Sketch of the medical history of the native army of Bombay, for the year
Year: 1875
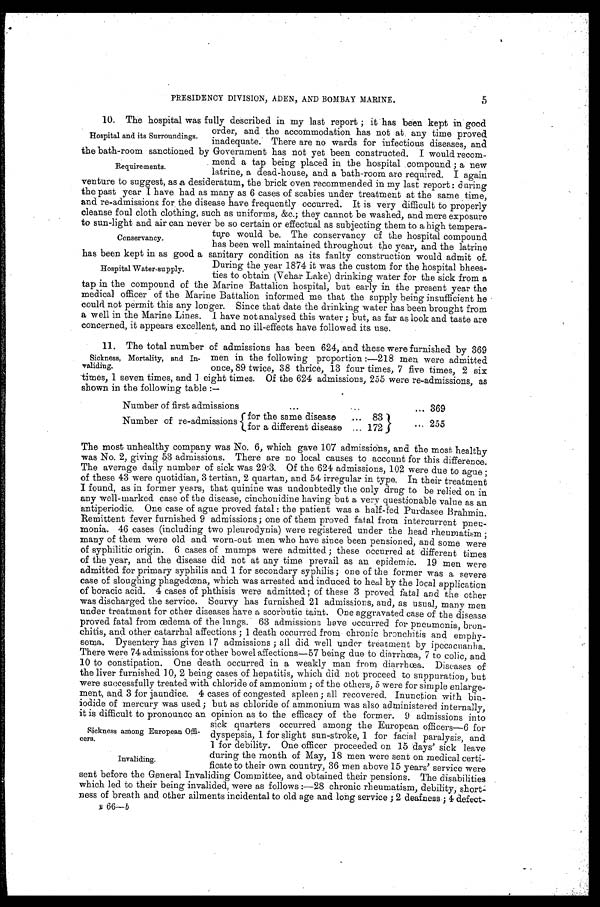
5
PRESIDENCY DIVISION, ADEN, AND BOMBAY MARINE.
10. The hospital was fully described in my last report; it has been kept in good
order, and the accommodation has not at any time proved
inadequate. There are no wards for infectious diseases, and
the bath-room sanctioned
by Government has not yet been constructed. I would recom
-
mend a tap being placed in the hospital compound; a new
latrine, a dead-house, and a bath-room are required. I again
venture to suggest, as a desideratum, the brick oven recommended in my last report: during
the past year I have had as many as 6 cases of scabies under treatment at the same time,
and re-admissions for the disease have frequently occurred. It is very difficult to properly
cleanse foul cloth clothing, such as uniforms, &c.; they cannot be washed, and mere exposure
to sun-light and air can never be so certain or effectual as subjecting them to a high tempera
ture would be. The conservancy of the hospital compound
has been well maintained throughout the year, and the latrine
has been kept in as good a sanitary condition as its faulty construction would admit of.
During the year 1874 it was the custom for the hospital bhees
-ties to obtain (Vehar Lake) drinking water for the sick from a
tap in the compound of the Marine Battalion hospital, but early in the present year the
medical officer of the Marine Battalion informed me that the supply being insufficient he
could not permit this any longer. Since that date the drinking water has been brought from
a well in the Marine Lines. I have not analysed this water; but, as far as look and taste are
concerned, it appears excellent, and no ill-effects have followed its use.
11. The total number of admissions has been 624, and these were furnished by 369
men in the following proportion:—218 men were admitted
once, 89 twice, 38 thrice, 13 four times, 7 five times, 2 six
times, 1 seven times, and 1 eight times. Of the 624 admissions, 255 were re-admissions, as
shown in the following table:—
Number of first admissions . . .
369
Number of re-admissions
for the same disease
. . .
83
255
for a different disease . . .
172
The most unhealthy company was No. 6, which gave 107 admissions, and the most healthy
was No. 2, giving 53 admissions. There are no local causes to account for this difference.
The average daily number of sick was 29.3. Of the 624 admissions, 102 were due to ague;
of these 43 were quotidian, 3 tertian, 2 quartan, and 54 irregular in type. In their treatment
I found, as in former years, that quinine was undoubtedly the only drug to be relied on in
any well-marked case of the disease, cinchonidine having but a very questionable value as an
antiperiodic. One case of ague proved fatal: the patient was a half-fed Purdasee Brahmin.
Remittent fever furnished 9 admissions; one of them proved fatal from intercurrent pneu
-
monia. 46 cases (including two pleurodynia) were registered under the head rheumatism;
many of them were old and worn-out men who have since been pensioned, and some were
of syphilitic origin. 6 cases of mumps were admitted; these occurred at different times
of the year, and the disease did not at any time prevail as an epidemic. 19 men were
admitted for primary syphilis and 1 for secondary syphilis; one of the former was a severe
case of sloughing phagedœna, which was arrested and induced to heal by the local application
of boracic acid. 4 cases of phthisis were admitted; of these 3 proved fatal and the other
was discharged the service. Scurvy has furnished 21 admissions, and, as usual, many men
under treatment for other diseases have a scorbutic taint. One aggravated case of the disease
proved fatal from œdema of the lungs. 63 admissions have occurred for pneumonia, bron
-
chitis, and other catarrhal affections; 1 death occurred from chronic bronchitis and emphy
-
sema. Dysentery has given 17 admissions; all did well under treatment by ipecacuanha.
There were 74 admissions for other bowel affections—57 being due to diarrhœa, 7 to colic, and
10 to constipation. One death occurred in a weakly man from diarrhœa. Diseases of
the liver furnished 10, 2 being cases of hepatitis, which did not proceed to suppuration, but
were successfully treated with chloride of ammonium; of the others, 5 were for simple enlarge
-
ment, and 3 for jaundice. 4 cases of congested spleen; all recovered. Inunction with bin
-
iodide of mercury was used; but as chloride of ammonium was also administered internally,
it is difficult to pronounce an opinion as to the efficacy of the former. 9 admissions into
sick quarters occurred among the European officers—6 for
dyspepsia, 1 for slight sun-stroke, 1 for facial paralysis, and
1 for debility. One officer proceeded on 15 days' sick leave
during the month of May, 18 men were sent on medical certi
-
ficate to their own country, 36 men above 15 years' service were
sent before the General Invaliding Committee, and obtained their pensions. The disabilities
which led to their being invalided, were as follows:—28 chronic rheumatism, debility, short-
ness of breath and other ailments incidental to old age and long service; 2 deafness; 4 defect
-
B 6 6 —
b
Hospital and its Surroundings.
Requirements.
Conservancy.
Hospital Water-supply.
Sickness, Mortality, and In
-validing.
Sickness among European O
f f i - c e r s .
Invaliding.